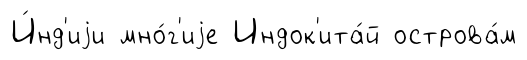
И́нд'иjи мно́г'иjе Индок'ита́й острова́м